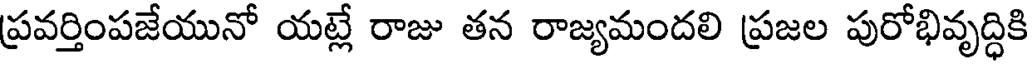
ప్రవర్తింపజేయునో యట్లే రాజు తన రాజ్యమందలి ప్రజల పురోభివృద్ధికి